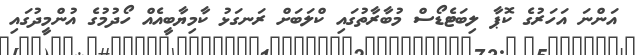
އަންނަ އަހަރުގެ ކޮޕާ ލިބަޓެޑޯސް މުބާރާތުގައި ކްލަބަށް ރަނގަޅު ކާމިޔާބީއެއް ހޯދުމުގެ އުންމީދުގައި